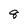
Character: 8